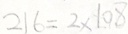
2 1 6 = 2 \times 1 0 8